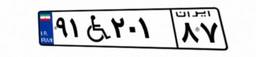
۲۴W۳۳۰۷۱